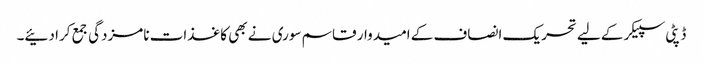
ڈپٹی سپیکر کے لیے تحریک انصاف کے امیدوار قاسم سوری نے بھی کاغذات نامزدگی جمع کرا دئیے۔